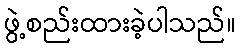
ဖွဲ့စည်းထားခဲ့ပါသည်။